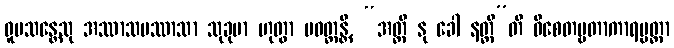
ဝူပသန္တေသု အဿာသပဿာသာ သုခုမာ ဟုတွာ ပဝတ္တန္တိ, “အတ္ထိ နု ခေါ နတ္ထီ”တိ ဝိစေတဗ္ဗတာကာရပ္ပတ္တာ